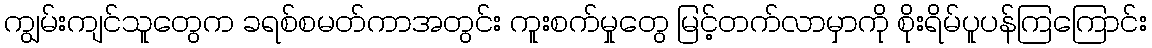
ကျွမ်းကျင်သူတွေက ခရစ်စမတ်ကာအတွင်း ကူးစက်မှုတွေ မြင့်တက်လာမှာကို စိုးရိမ်ပူပန်ကြကြောင်း